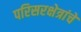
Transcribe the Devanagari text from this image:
परिसरक्षेत्रांचे